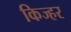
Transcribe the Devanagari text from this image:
किज्हर